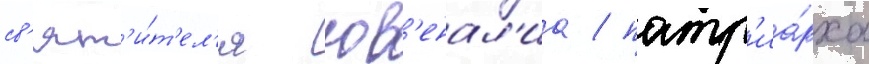
св'ят'и́т'ел'я юв'енал'иа / патр'иа́рха